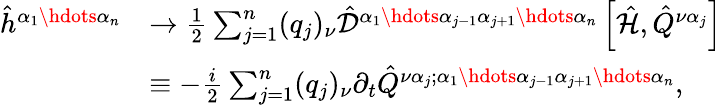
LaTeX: \begin{array}{rl}{\hat{h}^{\alpha_{1}\hdots\alpha_{n}}}&{\to\frac{1}{2}\sum_{j=1}^{n}(q_{j})_{\nu}\hat{\mathcal{D}}^{\alpha_{1}\hdots\alpha_{j-1}\alpha_{j+1}\hdots\alpha_{n}}\left[\hat{\mathcal{H}}\right.,\left.\hat{Q}^{\nu\alpha_{j}}\right]}\\ &{\equiv-\frac{i}{2}\sum_{j=1}^{n}(q_{j})_{\nu}\partial_{t}\hat{Q}^{\nu\alpha_{j};\alpha_{1}\hdots\alpha_{j-1}\alpha_{j+1}\hdots\alpha_{n}}\mathrm{,}}\end{array}